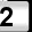
Digit: 2